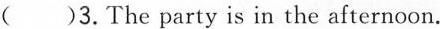
( )3.The party is in the afternoon.